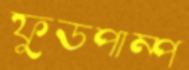
ফুডপাম্প